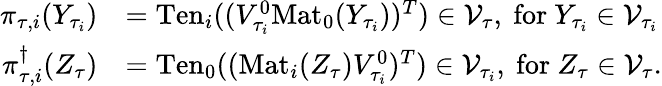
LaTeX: \begin{array}{rl}{\pi_{\tau,i}(Y_{\tau_{i}})}&{=\mathrm{Ten}_{i}((V_{\tau_{i}}^{0}\mathrm{Mat}_{0}(Y_{\tau_{i}}))^{T})\in\mathcal{V}_{\tau},\ \mathrm{for}\ Y_{\tau_{i}}\in\mathcal{V}_{\tau_{i}}}\\ {\pi_{\tau,i}^{\dagger}(Z_{\tau})}&{=\mathrm{Ten}_{0}((\mathrm{Mat}_{i}(Z_{\tau})V_{\tau_{i}}^{0})^{T})\in\mathcal{V}_{\tau_{i}},\ \mathrm{for}\ Z_{\tau}\in\mathcal{V}_{\tau}.}\end{array}